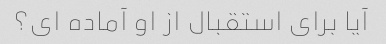
آیا برای استقبال از او آماده ای؟